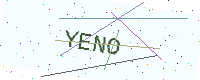
Text: YENO